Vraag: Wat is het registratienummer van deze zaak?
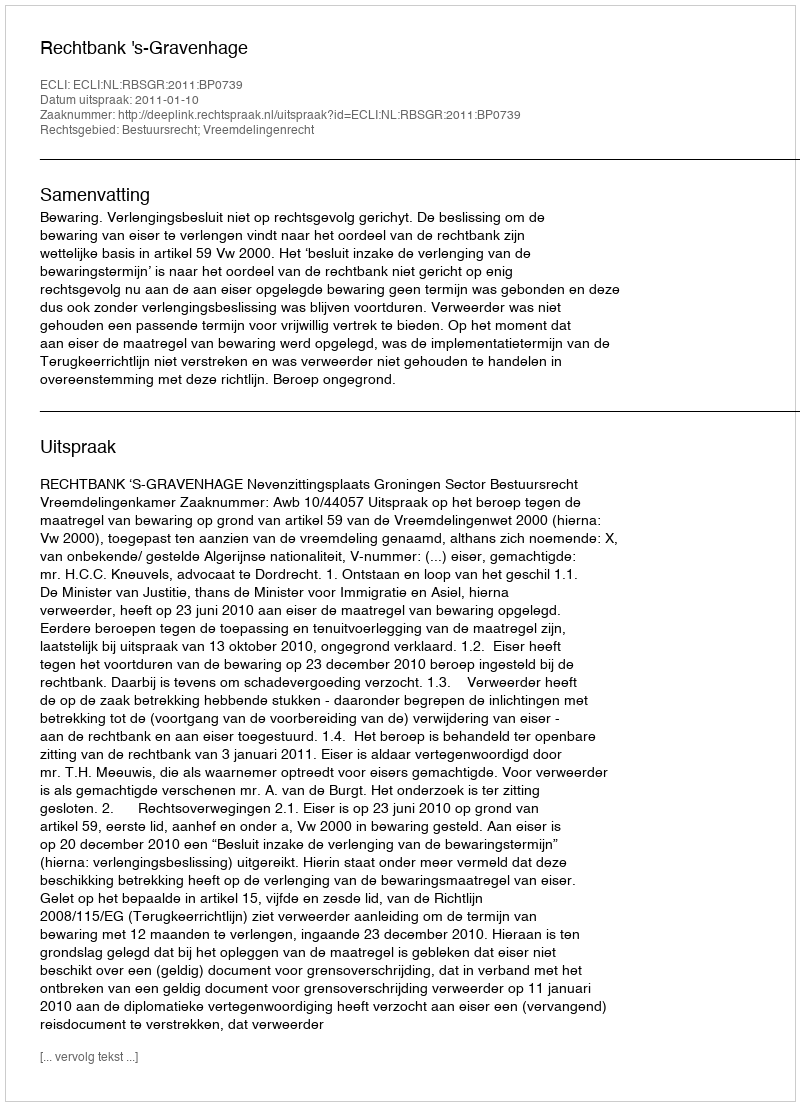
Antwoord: http://deeplink.rechtspraak.nl/uitspraak?id=ECLI:NL:RBSGR:2011:BP0739